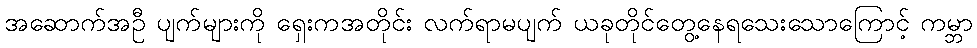
အဆောက်အဦ ပျက်များကို ရှေးကအတိုင်း လက်ရာမပျက် ယခုတိုင်တွေ့နေရသေးသောကြောင့် ကမ္ဘာ